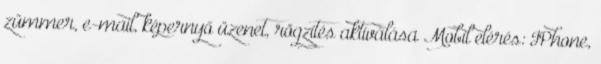
zümmer, e-mail, képernyő üzenet, rögzítés aktiválása Mobil elérés: IPhone,